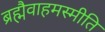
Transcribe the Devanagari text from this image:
ब्रह्मैवाहमस्मीति